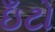
ઇઁટો